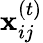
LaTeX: \mathbf{x}_{ij}^{(t)}